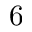
6